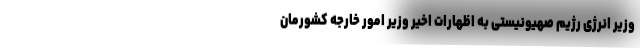
وزیر انرژی رژیم صهیونیستی به اظهارات اخیر وزیر امور خارجه کشورمان